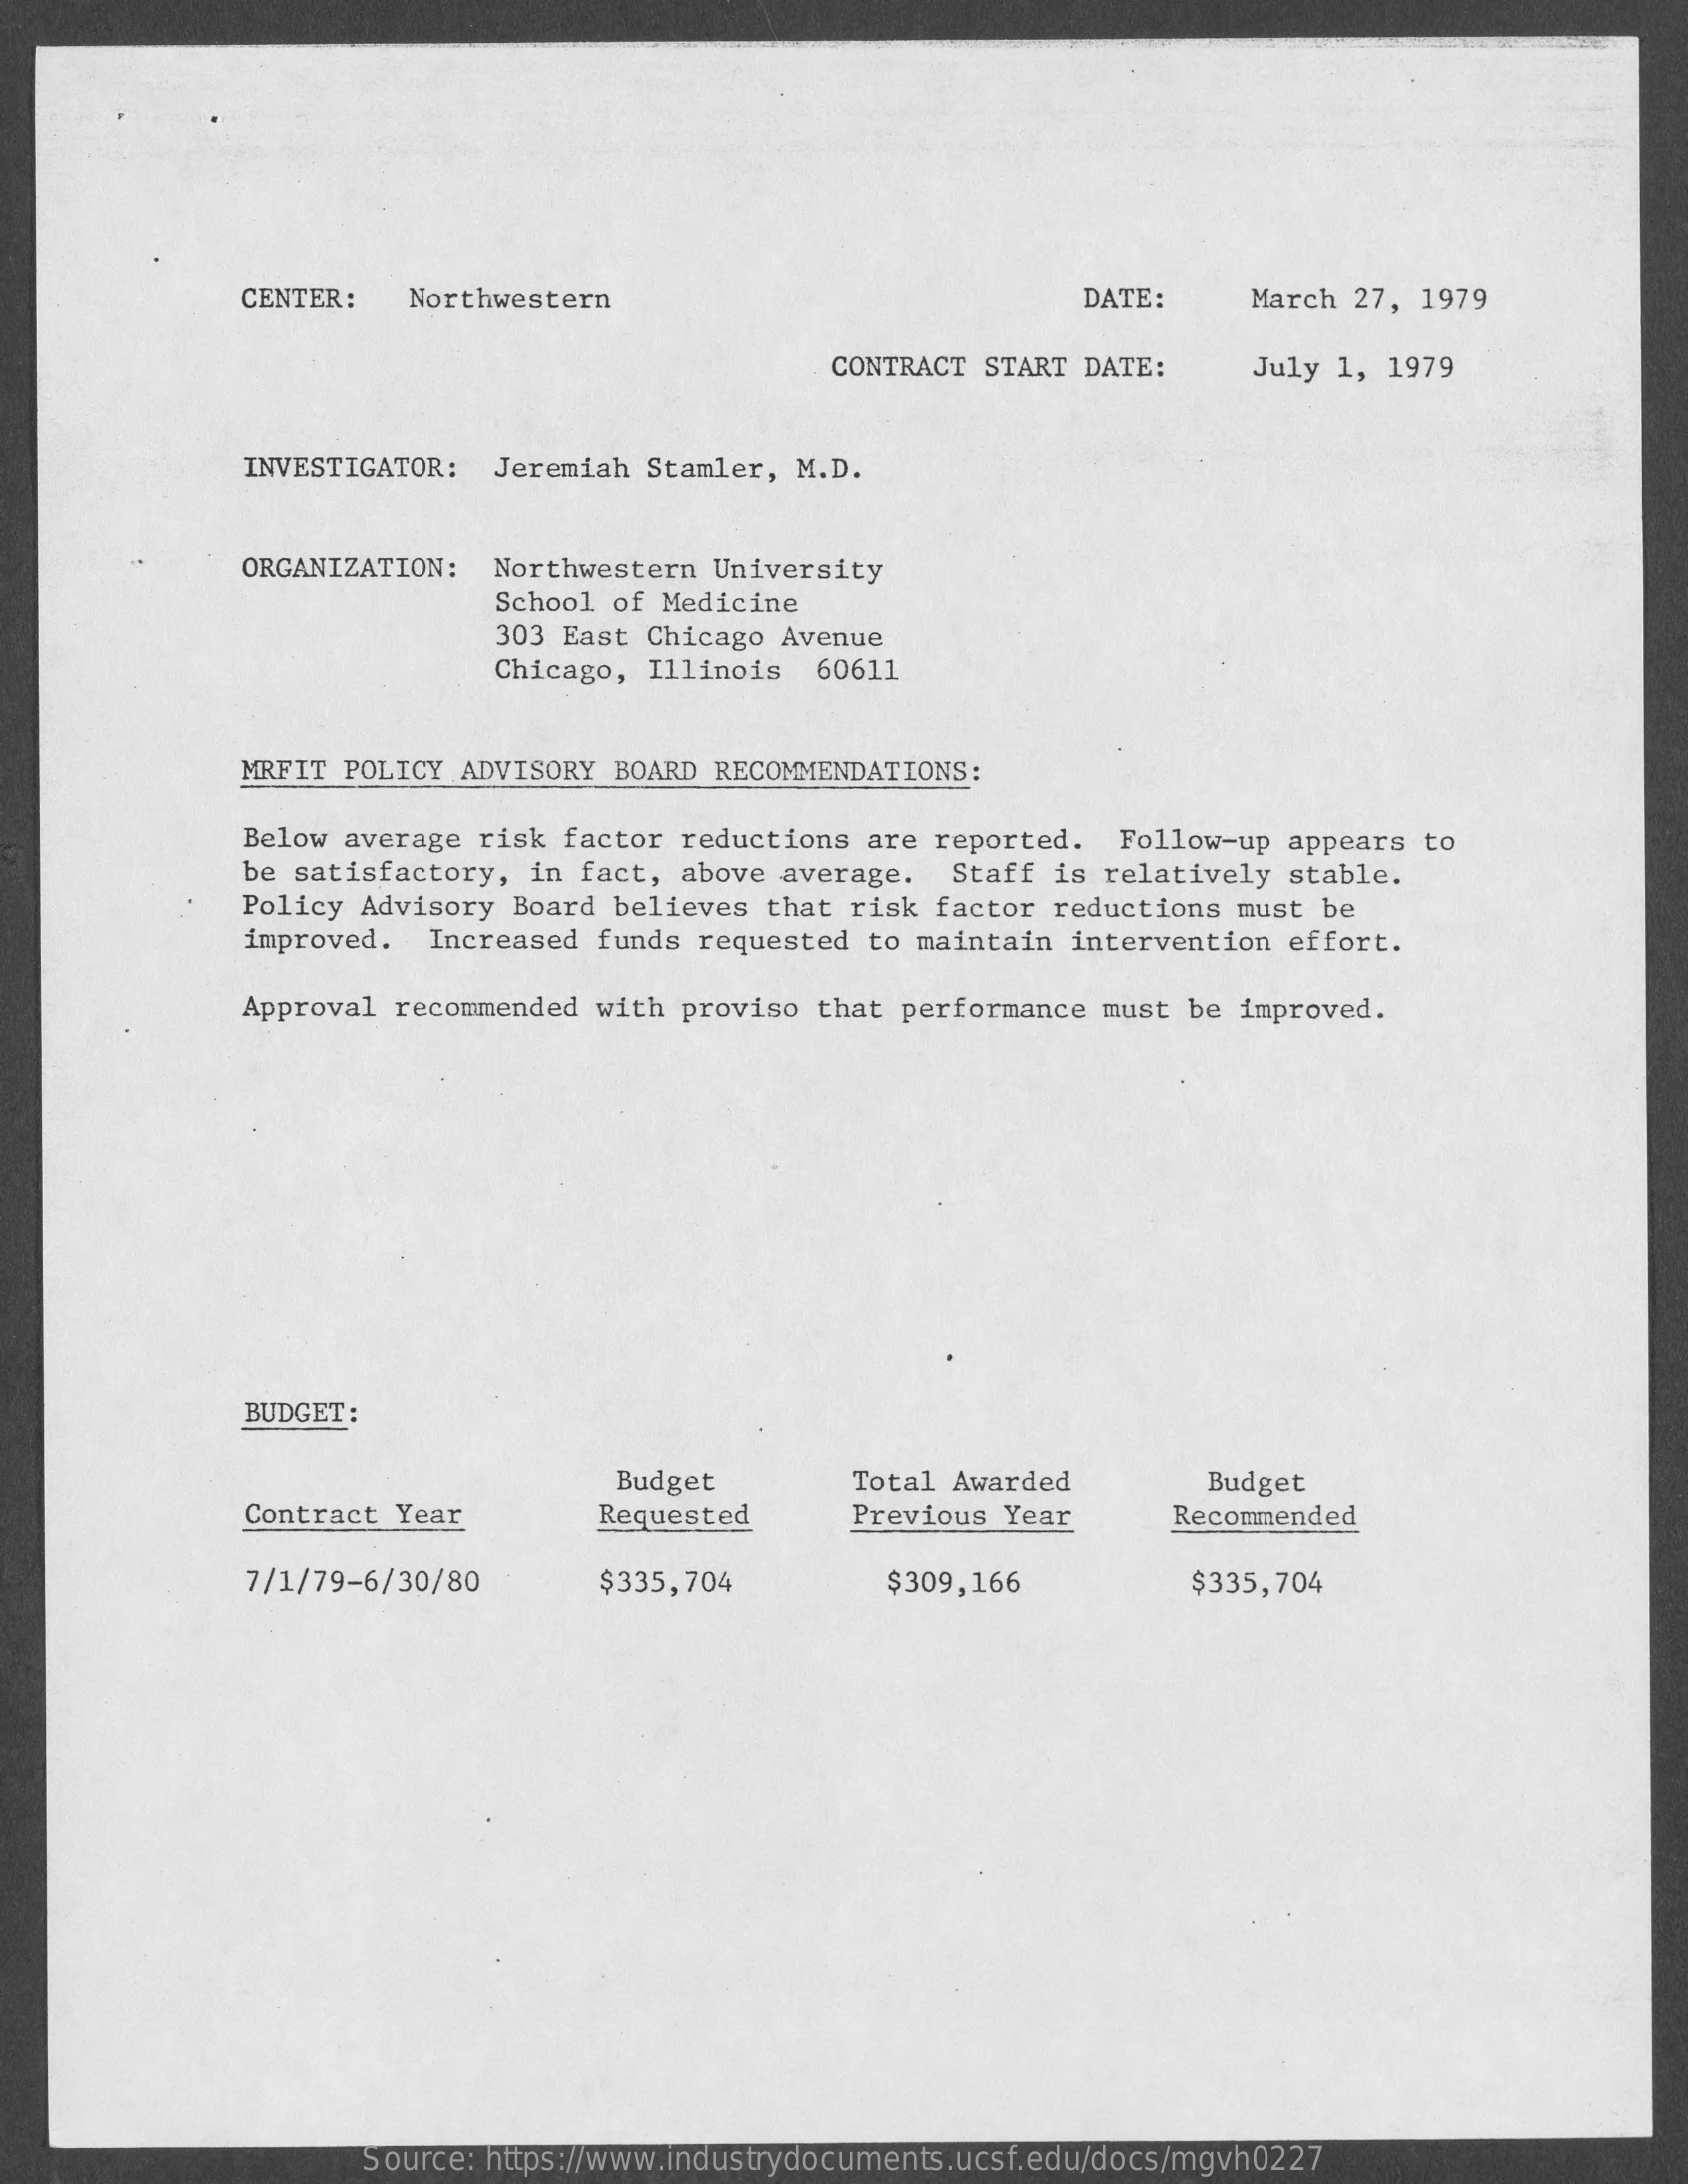
CENTER: Northwestern    DATE:   March 27, 1979
     CONTRACT START DATE: July 1, 1979
     INVESTIGATOR: Jeremiah Stamler, M.D.
     ORGANIZATION: Northwestern University
     School of Medicine
     303 East Chicago Avenue
     Chicago, Illinois 60611
     MRFIT POLICY ADVISORY BOARD RECOMMENDATIONS:
     Below average risk factor reductions are reported. Follow-up appears to
     be satisfactory, in fact, above average. Staff is relatively stable.
     Policy Advisory Board believes that risk factor reductions must be
     improved. Increased funds requested to maintain intervention effort.
     Approval recommended with proviso that performance must be improved.
     BUDGET:
     Budget    Total Awarded    Budget
     Contract Year    Requested    Previous Year   Recommended
     7/1/79-6/30/80    $335,704    $309,166    $335,704
     Source: https://www.industrydocuments.ucsf.edu/docs/mgvh0227